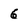
Character: 6